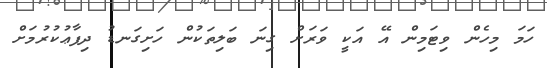
ހަމަ މިހެން ވިޓަމިން އޭ އަކީ ވަރަށް ގިނަ ބަލިތަކުން ހަށިގަނޑު ދިފާާޢުކުރުމަށް